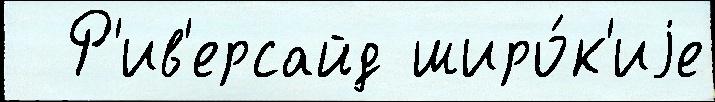
  Р'ив'ерсайд широ́к'иjе